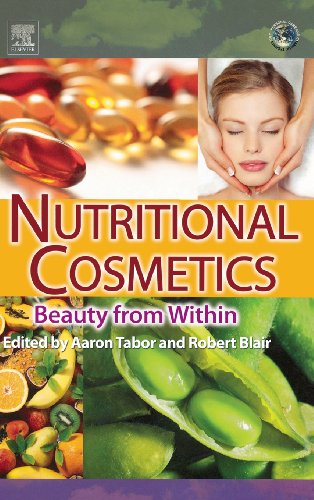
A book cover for Nutritional Cosmetics: Beauty from Within (Personal Care and Cosmetic Technology); Health, Fitness & Dieting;